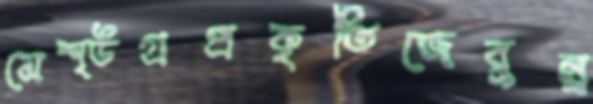
মেশ্‌উগ্রপ্রকৃতিজেবুন্ন